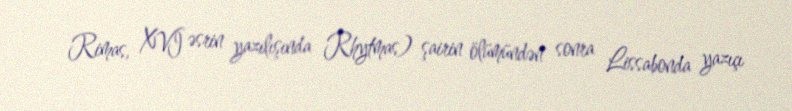
Rimas, XVI əsrin yazılışında Rhytmas) şairin ölümündən sonra Lissabonda yazıçı